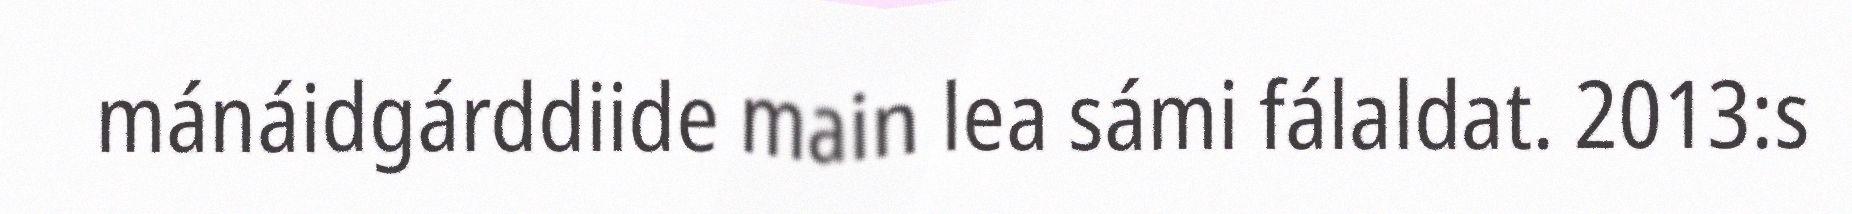
mánáidgárddiide main lea sámi fálaldat. 2013:s